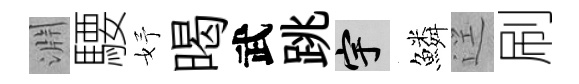
淵騕妤暍武跳宇鱗逕刷